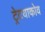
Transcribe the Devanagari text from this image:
ट्रेटयाकोव